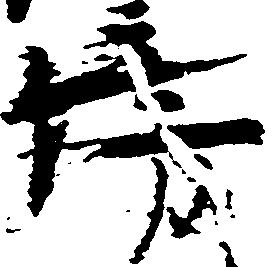
傍